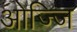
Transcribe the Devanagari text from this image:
ओज्जि